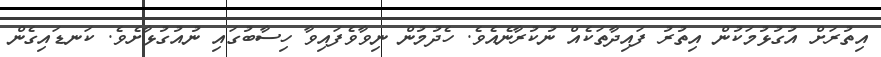
އިތުރަށް އުގުޅުމަކުން އިތުރު ފައިދާތަކެއް ނުކުރާނެއެވެ. ހެދުމުން ނިވާވެފައިވާ ހިސާބުގައި ނުއުގުޅާށެވެ. ކަނޑައިގެން